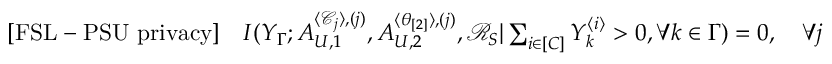
\begin{array} { r } { \mathrm { [ F S L - P S U ~ p r i v a c y ] } \quad I ( Y _ { \Gamma } ; A _ { U , 1 } ^ { \langle \mathcal { C } _ { j } \rangle , ( j ) } , A _ { U , 2 } ^ { \langle \theta _ { [ 2 ] } \rangle , ( j ) } , \mathcal { R } _ { S } | \sum _ { i \in [ C ] } Y _ { k } ^ { \langle i \rangle } > 0 , \forall k \in \Gamma ) = 0 , \quad \forall j } \end{array}